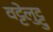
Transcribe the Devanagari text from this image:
वट्टेलुट्टु